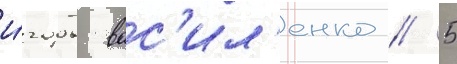
и́горь вас'ил'енко // 5